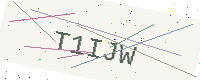
Text: T1IJW